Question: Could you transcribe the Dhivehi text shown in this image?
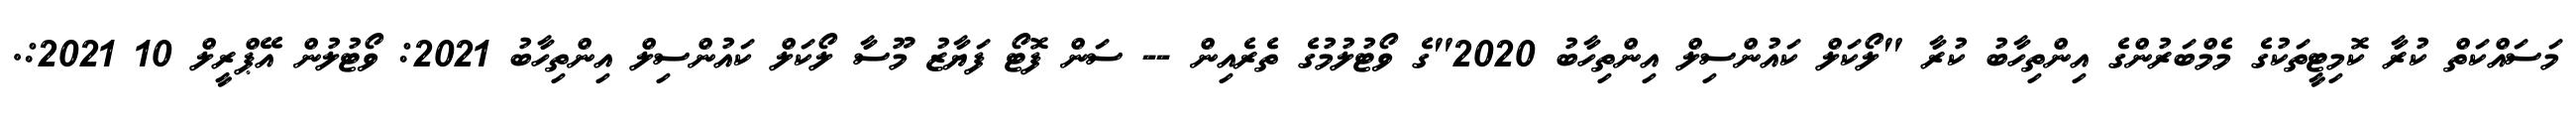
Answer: މަސައްކަތް ކުރާ ކޮމިޓީތަކުގެ މެމްބަރުންގެ އިންތިހާބު ކުރާ "ލޯކަލް ކައުންސިލް އިންތިހާބު 2020"ގެ ވޯޓުލުމުގެ ތެރެއިން -- ސަން ފޮޓޯ ފަޔާޒު މޫސާ ލޯކަލް ކައުންސިލް އިންތިހާބު 2021: ވޯޓުލުން އޭޕްރީލް 10 2021:.